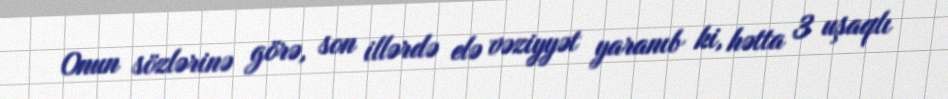
Onun sözlərinə görə, son illərdə elə vəziyyət yaranıb ki, hətta 3 uşaqlı